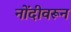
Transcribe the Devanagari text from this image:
नोंदीवरून